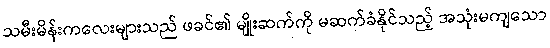
သမီးမိန်းကလေးများသည် ဖခင်၏ မျိုးဆက်ကို မဆက်ခံနိုင်သည့် အသုံးမကျသော